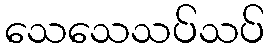
သေသေသပ်သပ်